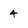
Character: 4